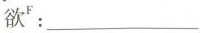
欲^{ F}：___